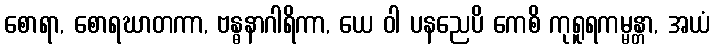
စောရာ, စောရဃာတကာ, ဗန္ဓနာဂါရိကာ, ယေ ဝါ ပနညေပိ ကေစိ ကုရူရကမ္မန္တာ, အယံ